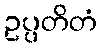
ဥပ္ပတိတံ